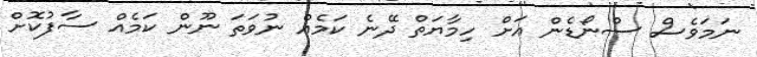
ނަމަވެސް ސްނޯޑެން އަށް ހިމާޔަތް ދޭނެ ކަމެއް ނުވަތަ ނޫން ކަމެއް ސާފުކޮށް